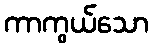
ကာကွယ်သော